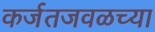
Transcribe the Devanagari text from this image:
कर्जतजवळच्या